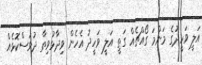
އަލީ ވަހީދުގެ މަންމަ ގޯއްޗެއް ގަތީ އަލީ ވަހީދު އެހެން ވިދާޅުވިތާ ދުވަސްކޮޅެއް